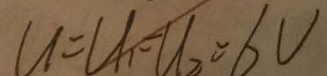
U = U _ { 1 } = U _ { 2 } = 6 V